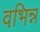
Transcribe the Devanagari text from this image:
वभिन्न